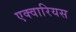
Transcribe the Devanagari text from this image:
एक्वारियस